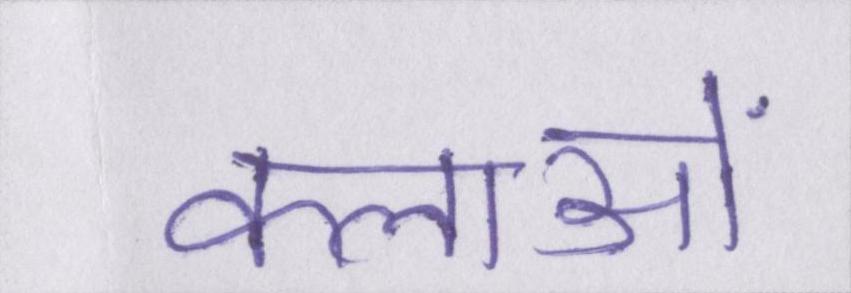
कलाओं